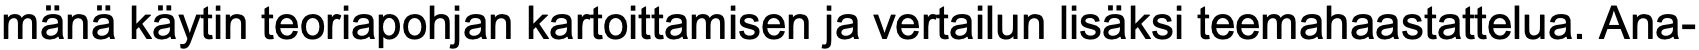
mänä käytin teoriapohjan kartoittamisen ja vertailun lisäksi teemahaastattelua. Ana-